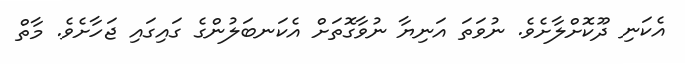
އެކަނި ދޫކޮށްލާށެވެ. ނުވަތަ އަނިޔާ ނުވާގޮތަށް އެކަނބަލުންގެ ގައިގައި ޖަހާށެވެ. މާތް